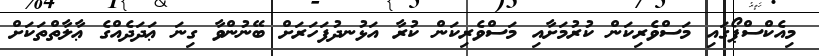
މިއެކްސްޕޯގައި މަސްވެރިކަން ކުރުމަށާއި މަސްވެރިކަން ކުރާ އަޅުނދުފަހަރަށް ބޭނުންވާ ގިނަ ޢަދަދެއްގެ ޢާލާތްތަކަށް